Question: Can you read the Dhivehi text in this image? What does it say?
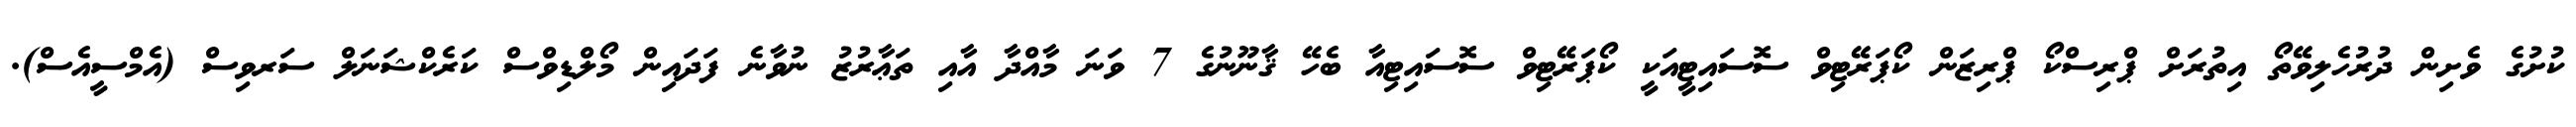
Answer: ކުށުގެ ވެށިން ދުރުހެލިވޭތޯ އިތުރަށް ޕްރިސްކޯ ޕްރިޒަން ކޯޕަރޭޓިވް ސޮސައިޓީއަކީ ކޯޕަރޭޓިވް ސޮސައިޓިއާ ބެހޭ ޤާނޫނުގެ 7 ވަނަ މާއްދާ އާއި ތަޢާރުޒު ނުވާނެ ފަދައިން މޯލްޑިވްސް ކަރެކްޝަނަލް ސަރވިސް (އެމްސީއެސް).